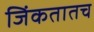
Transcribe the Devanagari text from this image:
जिंकतातच